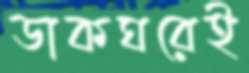
ডাকঘরেই